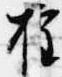
権